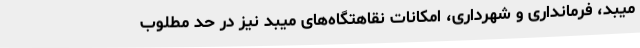
میبد، فرمانداری و شهرداری، امکانات نقاهتگاه‌های میبد نیز در حد مطلوب